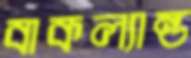
বাকল্যান্ড